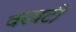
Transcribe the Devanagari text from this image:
वरवटी